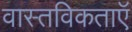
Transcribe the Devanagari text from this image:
वास्तविकताएॅ